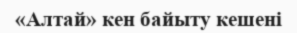
«Алтай» кен байыту кешені